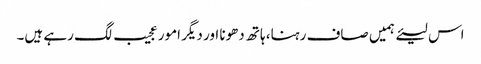
اس لیئے ہمیں صاف رہنا، ہاتھ دھونا اور دیگر امور عجیب لگ رہے ہیں۔